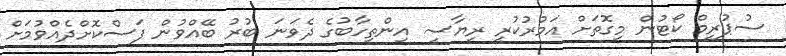
ސުޕުރީމް ކޯޓުން މިގޮތަށް އަމުރުކުރީ ރިޔާސީ އިންތިހާބުގެ ދެވަނަ ބުރު ބޭއްވުން ފަސްކޮށްދެއްވުމަށް